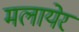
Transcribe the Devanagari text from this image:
मलायेर